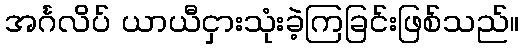
အင်္ဂလိပ် ယာယီငှားသုံးခဲ့ကြခြင်းဖြစ်သည်။